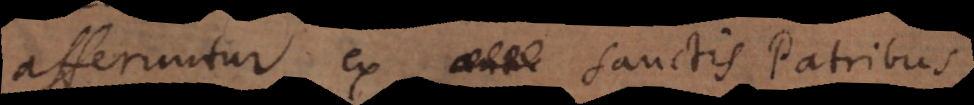
afferuntur ex Sanctis Patribus,